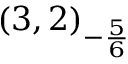
( 3 , 2 ) _ { - { \frac { 5 } { 6 } } }